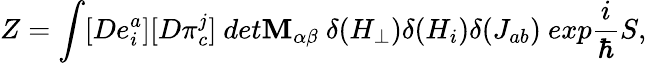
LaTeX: Z=\int[De_{i}^{a}][D\pi_{c}^{j}]\ det\mathbf{M}_{\alpha\beta}\ \delta(H_{\perp})\delta(H_{i})\delta(J_{ab})\ exp\frac{{i}}{{\hbar}}S,